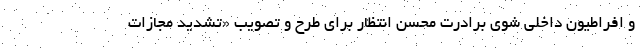
و افراطیون داخلی شوی برادرت محسن انتظار برای طرح و تصویب «تشدید مجازات